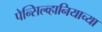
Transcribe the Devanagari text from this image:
पेन्सिल्व्हानियाच्या